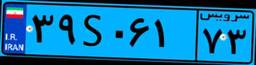
۷۴S۵۲۴۷۲